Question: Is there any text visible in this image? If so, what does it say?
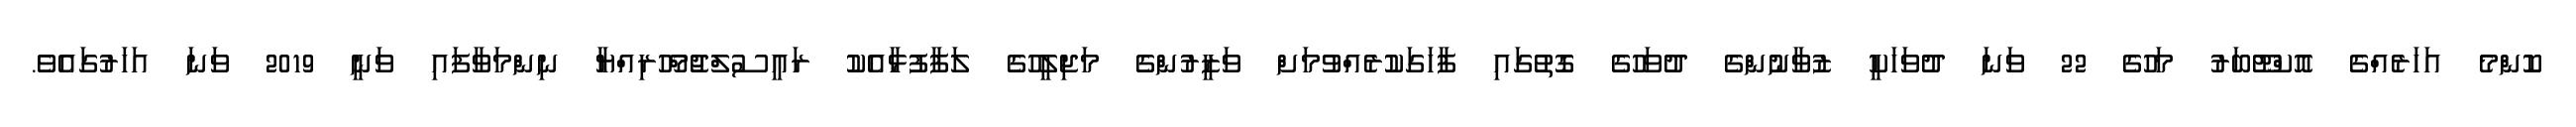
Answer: ކޮންމެ އަހަރެއްގެ އޮކްޓޫބަރު މަހުގެ 22 ވަނަ ދުވަހަކީ ޒުވާނުންގެ ދުވަހުގެ ގޮތުގައި ފާހަގަކުރެއްވުމަށް ވަޒީރުންގެ މަޖިލީހުގެ ލަފާފުޅާއެކު ރައީސުލްޖުމްހޫރިއްޔާ ނިންމަވާފައި ވަނީ 2019 ވަނަ އަހަރުގައެވެ.